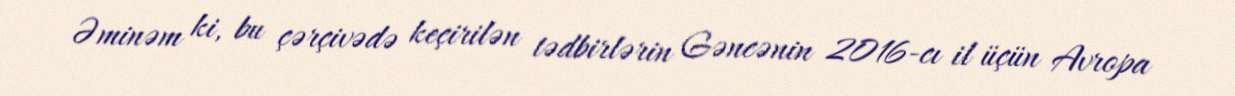
Əminəm ki, bu çərçivədə keçirilən tədbirlərin Gəncənin 2016-cı il üçün Avropa